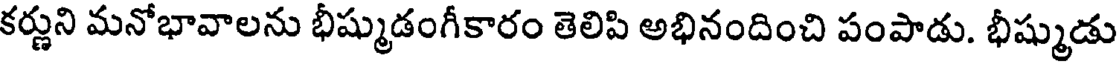
కర్ణుని మనోభావాలను భీష్ముడంగీకారం తెలిపి అభినందించి పంపాడు. భీష్ముడు